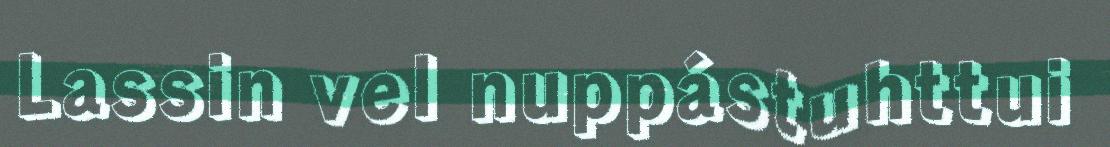
Lassin vel nuppástuhttui